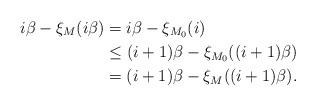
\begin{align*}i\beta-\xi_{M}(i\beta)&=i\beta-\xi_{M_0}(i)\\&\leq(i+1)\beta-\xi_{M_0}((i+1)\beta)\\&=(i+1)\beta-\xi_{M}((i+1)\beta).\end{align*}